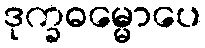
ဒုက္ခဓမ္မောပေ